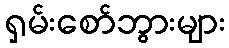
ရှမ်းစော်ဘွားများ